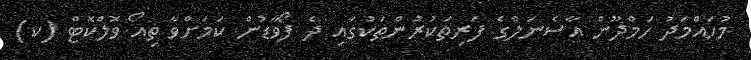
މުހައްމަދު ހަމްދޫން އާސެނަލްގެ ފަރިތަކުރުންތަކުގައި ދެ ފޯވާޑުން ކަމަށްވާ ތިއޯ ވޮލްކޮޓް (ކ)